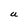
Character: U